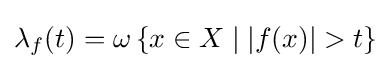
\lambda _{f}(t)=\omega \left\{x\in X\mid |f(x)|>t\right\}